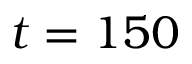
t = 1 5 0